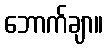
ဘောက်ချာ။